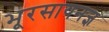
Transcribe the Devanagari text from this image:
भूरसायनज्ञ